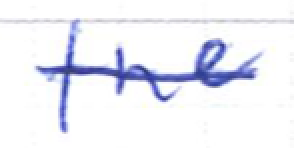
Text: the
Cross-out: single-line
Writing tool: ballpoint